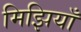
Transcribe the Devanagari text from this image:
मिझियाँ